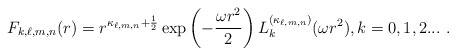
\begin{align*}F_{k,\ell,m,n}(r)=r^{\kappa _{\ell,m,n}+\frac{1}{2}}\exp \left(-\frac{\omega r^{2}}{2}\right)L_{k}^{(\kappa _{\ell,m,n})}(\omega r^{2}),k=0,1,2... \ . \end{align*}